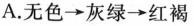
A. 无色 \rightarrow 灰绿 \rightarrow 红褐